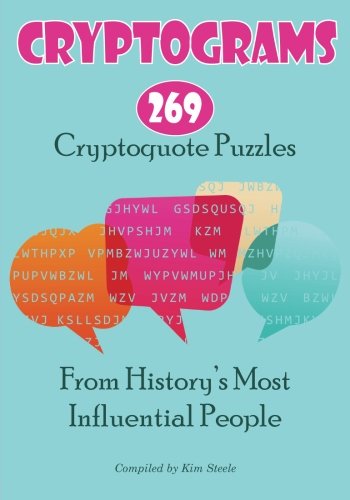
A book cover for Cryptograms: 269 Cryptoquote Puzzles from History's Most Influential People; Kim Steele; Humor & Entertainment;